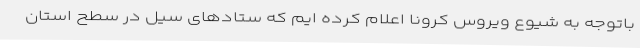
باتوجه به شیوع ویروس کرونا اعلام کرده ایم که ستادهای سیل در سطح استان